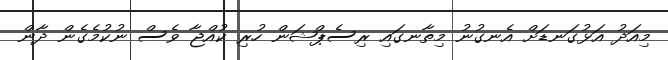
މިއަދު އަޅުގަނޑަށް އެނގުނު މިތާނގައި ރިސެޕްޝަން ހުރި ކުއްޖާ ވެސް ނުކުމެގެން ދާން